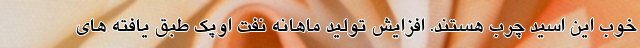
خوب این اسید چرب هستند. افزایش تولید ماهانه نفت اوپک طبق یافته های